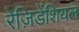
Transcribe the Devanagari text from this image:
रेज़िडेंशियल